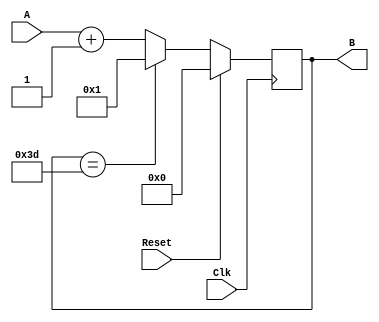
`timescale 1ns / 1ps
//////////////////////////////////////////////////////////////////////////////////
// Company: 
// Engineer: 
// 
// Design Name: 
// Module Name: Counter
// Project Name: 
// Target Devices: 
// Tool Versions: 
// Description: 
// 
// Dependencies: 
// 
// Revision:
// Revision 0.01 - File Created
// Additional Comments:
// 
//////////////////////////////////////////////////////////////////////////////////


module Counter(A,B,Clk,Reset);
    input Clk;
    input Reset;
    input [5:0] A;
    output reg [5:0] B;
    initial begin
    B <= 0;
    end
    always@(posedge Clk) begin
    //if((A - 60) >> 6
        if(Reset) begin
            B <= 0;
        end
        else begin
            if(B == 6'd61) begin
                B <= 1;
            end 
            else begin 
                B <= A + 1;
            end
        end
    end 
endmodule